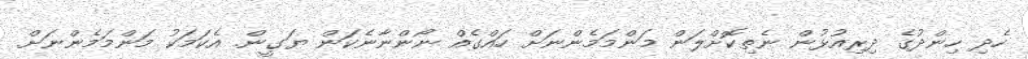
ހެދި ހިންދުގެ ދިރިއުޅުން ނެތިކޮށްލަން މަންމަމެންނަށް ހައްގެއް ނޯންނާނެކަން ޔަގީން. އެކަމަކު މަންމަމެންނަށް